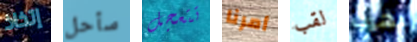
إتخاذ سأحل تتعجل أمرنا لقب نهرب